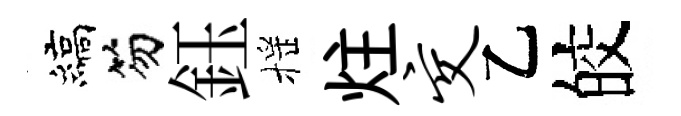
縞笏鈺摇炷交乙皎